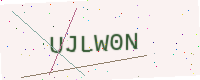
Text: UJLW0N